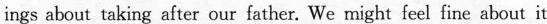
ings about taking after our father. We might feel fine about it